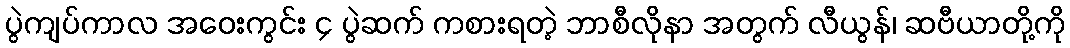
ပွဲကျပ်ကာလ အဝေးကွင်း ၄ ပွဲဆက် ကစားရတဲ့ ဘာစီလိုနာ အတွက် လီယွန်၊ ဆဗီယာတို့ကို